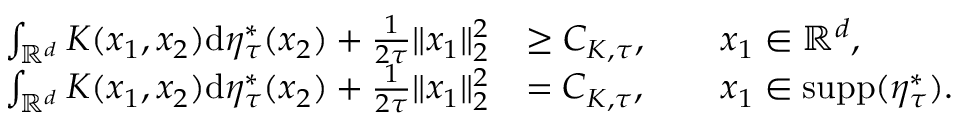
\begin{array} { r l } { \int _ { \mathbb { R } ^ { d } } K ( x _ { 1 } , x _ { 2 } ) \mathrm { d } \eta _ { \tau } ^ { * } ( x _ { 2 } ) + \frac { 1 } { 2 \tau } \| x _ { 1 } \| _ { 2 } ^ { 2 } } & { \ge C _ { K , \tau } , \qquad x _ { 1 } \in \mathbb { R } ^ { d } , } \\ { \int _ { \mathbb { R } ^ { d } } K ( x _ { 1 } , x _ { 2 } ) \mathrm { d } \eta _ { \tau } ^ { * } ( x _ { 2 } ) + \frac { 1 } { 2 \tau } \| x _ { 1 } \| _ { 2 } ^ { 2 } } & { = C _ { K , \tau } , \qquad x _ { 1 } \in \mathrm { s u p p } ( \eta _ { \tau } ^ { * } ) . } \end{array}